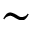
\sim